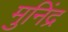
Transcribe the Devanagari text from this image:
मुनिंद्र